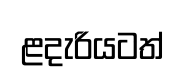
ළදැරියටත්